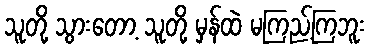
သူတို့ သွားတော့ သူတို့ မှန်ထဲ မကြည့်ကြဘူး